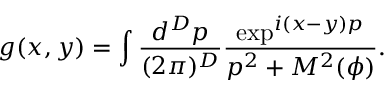
g ( x , y ) = \int \frac { d ^ { D } p } { ( 2 \pi ) ^ { D } } \frac { \exp ^ { i ( x - y ) p } } { p ^ { 2 } + M ^ { 2 } ( \phi ) } .